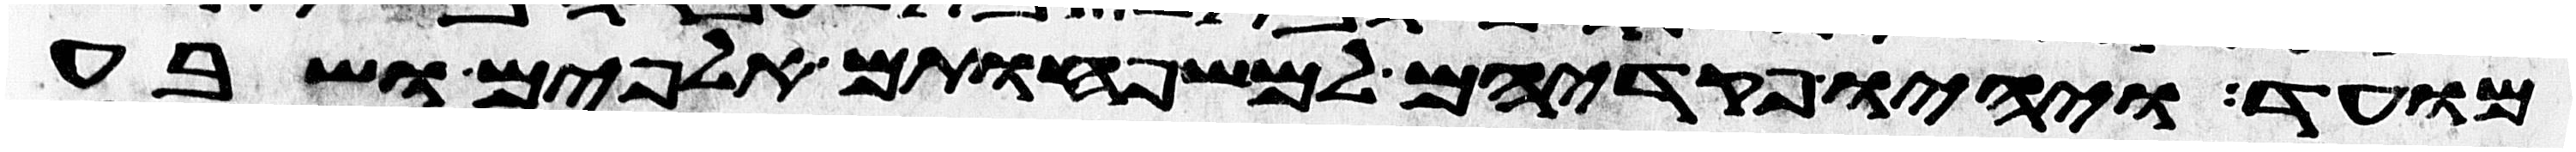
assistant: מועד ויהיו פקדיהם למשפחותם אלפים ושבע